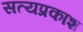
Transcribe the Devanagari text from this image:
सत्‍यप्रकाश